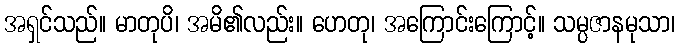
အရှင်သည်။ မာတုပိ၊ အမိ၏လည်း။ ဟေတု၊ အကြောင်းကြောင့်။ သမ္ပဇာနမုသာ၊